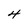
Character: 4